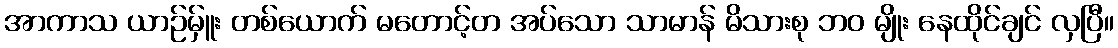
အာကာသ ယာဉ်မ်ှူး တစ်ယောက် မတောင့်တ အပ်သော သာမာန် မိသားစု ဘဝ မျိုး နေထိုင်ချင် လှပြီ။